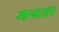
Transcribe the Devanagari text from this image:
मन्दतर